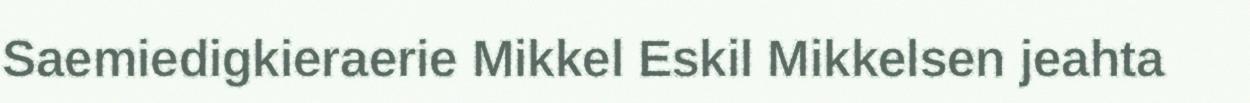
Saemiedigkieraerie Mikkel Eskil Mikkelsen jeahta